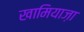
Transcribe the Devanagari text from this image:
खामियाज़ा